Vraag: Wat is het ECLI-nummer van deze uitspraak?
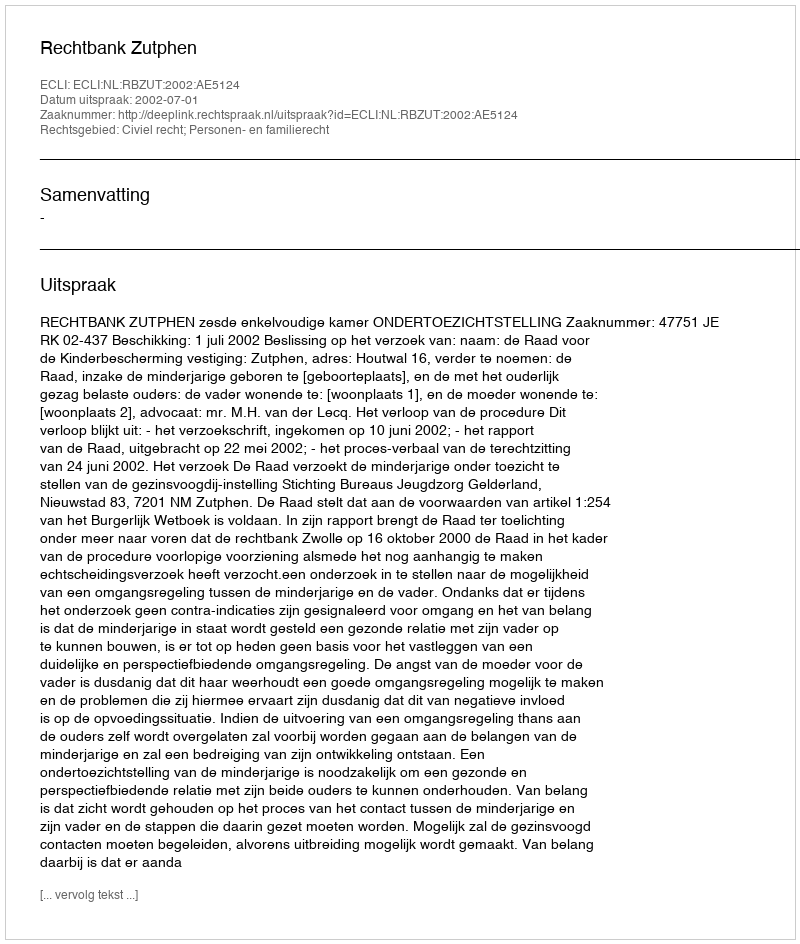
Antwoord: ECLI:NL:RBZUT:2002:AE5124